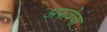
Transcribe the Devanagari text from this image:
अफवेचा